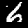
Digit: 6